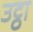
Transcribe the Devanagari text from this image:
उट्ठा